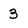
Character: 3